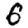
Digit: 6